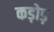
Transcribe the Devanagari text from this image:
कड़ोड़